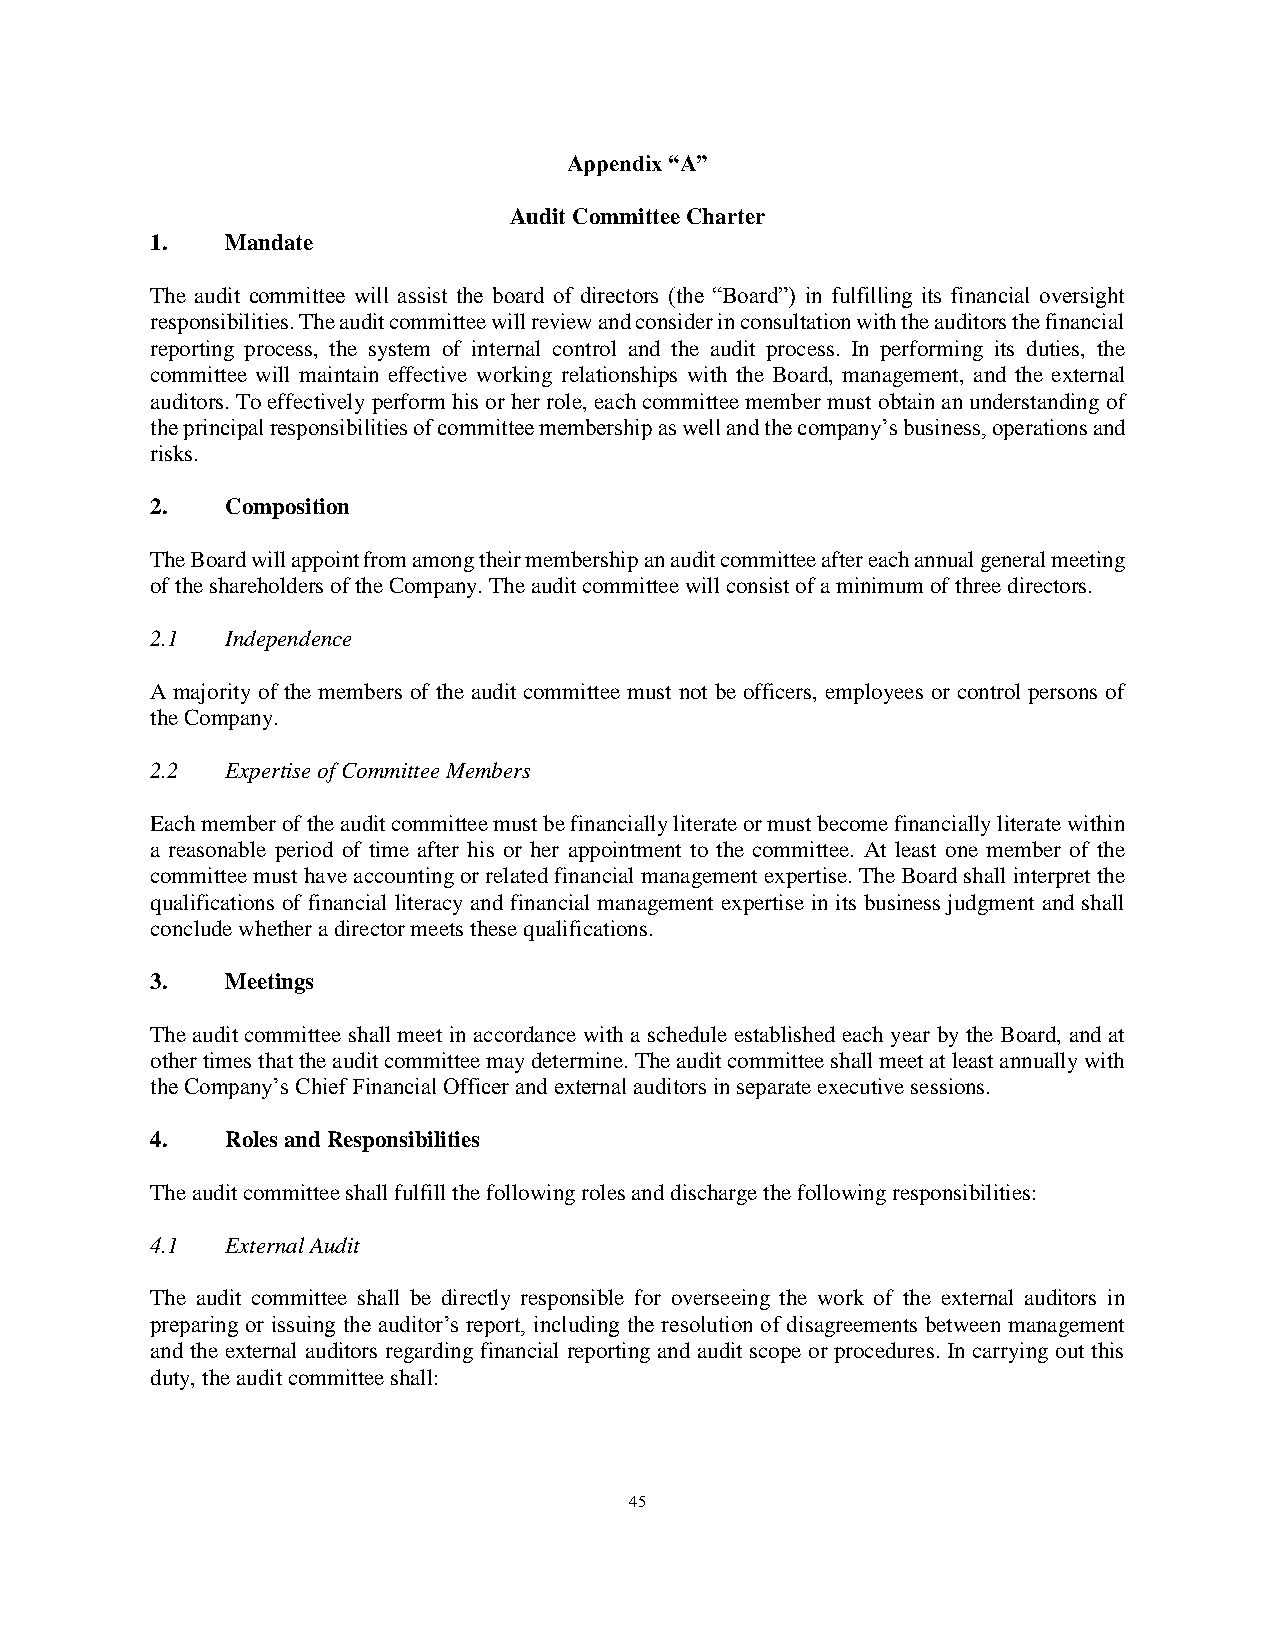
Appendix “A”
 Audit Committee Charter
 1.   Mandate
 The audit committee will assist the board of directors (the “Board”) in fulfilling its financial oversight
 responsibilities. The audit committee will review and consider in consultation with the auditors the financial
 reporting process, the system of internal control and the audit process. In performing its duties, the
 committee will maintain effective working relationships with the Board, management, and the external
 auditors. To effectively perform his or her role, each committee member must obtain an understanding of
 the principal responsibilities of committee membership as well and the company’s business, operations and
 risks.
 2.   Composition
 The Board will appoint from among their membership an audit committee after each annual general meeting
 of the shareholders of the Company. The audit committee will consist of a minimum of three directors.
 2.1  Independence
 A majority of the members of the audit committee must not be officers, employees or control persons of
 the Company.
 2.2  Expertise of Committee Members
 Each member of the audit committee must be financially literate or must become financially literate within
 a reasonable period of time after his or her appointment to the committee. At least one member of the
 committee must have accounting or related financial management expertise. The Board shall interpret the
 qualifications of financial literacy and financial management expertise in its business judgment and shall
 conclude whether a director meets these qualifications.
 3.   Meetings
 The audit committee shall meet in accordance with a schedule established each year by the Board, and at
 other times that the audit committee may determine. The audit committee shall meet at least annually with
 the Company’s Chief Financial Officer and external auditors in separate executive sessions.
 4.   Roles and Responsibilities
 The audit committee shall fulfill the following roles and discharge the following responsibilities:
 4.1  External Audit
 The audit committee shall be directly responsible for overseeing the work of the external auditors in
 preparing or issuing the auditor’s report, including the resolution of disagreements between management
 and the external auditors regarding financial reporting and audit scope or procedures. In carrying out this
 duty, the audit committee shall:
 45